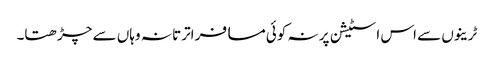
ٹرینوں سے اس اسٹیشن پر نہ کوئی مسافر اترتا نہ وہاں سے چڑھتا۔